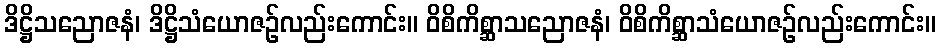
ဒိဋ္ဌိသညောဇနံ၊ ဒိဋ္ဌိသံယောဇဉ်လည်းကောင်း။ ဝိစိကိစ္ဆာသညောဇနံ၊ ဝိစိကိစ္ဆာသံယောဇဉ်လည်းကောင်း။